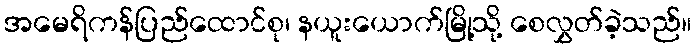
အမေရိကန်ပြည်ထောင်စု၊ နယူးယောက်မြို့သို့ စေလွှတ်ခဲ့သည်။